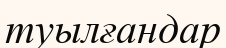
туылғандар